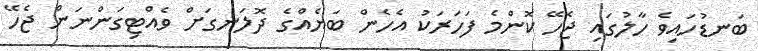
ބަނޑުހައިވެ ހާލުގައި ޖެހޭ ކޮންމެ ފަހަރަކު އެހެން ބަޔެއްގެ ދޮލަނގަށް ވެއްޓިގަންނަން ޖެހޭ